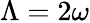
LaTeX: \Lambda=2\omega